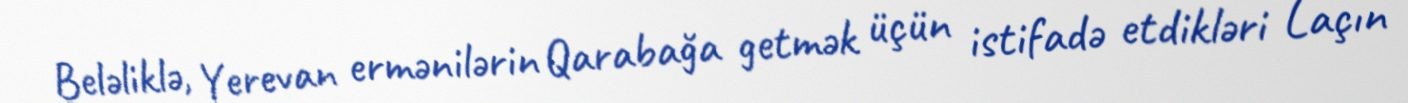
Beləliklə, Yerevan ermənilərin Qarabağa getmək üçün istifadə etdikləri Laçın